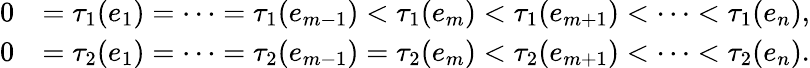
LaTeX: \begin{array}{rl}{0}&{=\tau_{1}(e_{1})=\cdots=\tau_{1}(e_{m-1})<\tau_{1}(e_{m})<\tau_{1}(e_{m+1})<\cdots<\tau_{1}(e_{n}),}\\ {0}&{=\tau_{2}(e_{1})=\cdots=\tau_{2}(e_{m-1})=\tau_{2}(e_{m})<\tau_{2}(e_{m+1})<\cdots<\tau_{2}(e_{n}).}\end{array}